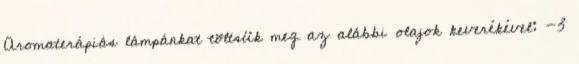
Aromaterápiás lámpánkat töltsük meg az alábbi olajok keverékével: -3